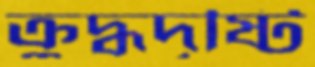
ক্রুদ্ধদৃষ্টি